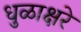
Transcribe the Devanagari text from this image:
धुळाक्षरे